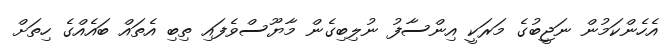
އެހެންކަމުން ނަޖީބުގެ މަރަކީ އިންސާފު ނުލިބިގެން މާޔޫސްވެފައި ތިބި އެތައް ބައެއްގެ ހިތަށް